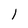
Character: 1